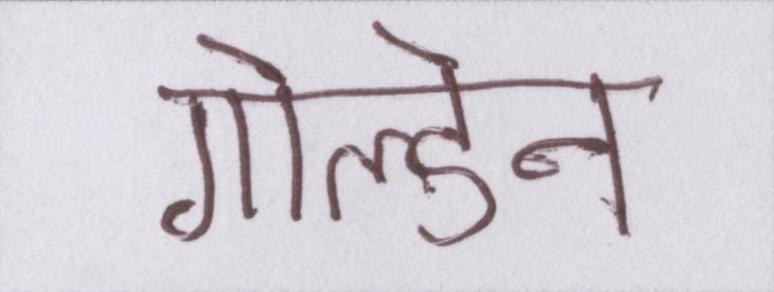
गोल्डेन